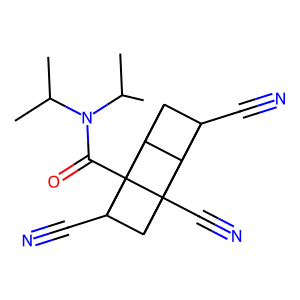
SMILES: CC(C)N(C(=O)C12C3C4C5(C#N)C3C1(C#N)C5C42C#N)C(C)C
Inhibits HIV replication: No